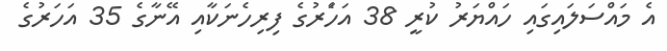
އެ މައްސަލައިގައި ހައްޔަރު ކުރީ 38 އަހަެރުގެ ފިރިހެނަކާއި އޭނާގެ 35 އަހަރުގެ